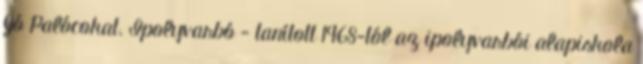
Jó Palócokat. Ipolyvarbó - tanított 1968-tól az ipolyvarbói alapiskola